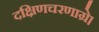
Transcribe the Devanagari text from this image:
दक्षिणचरणाग्रे।